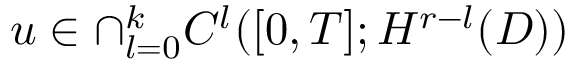
u \in \cap _ { l = 0 } ^ { k } C ^ { l } ( [ 0 , T ] ; H ^ { r - l } ( D ) )